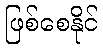
ဖြစ်စေနိုင်